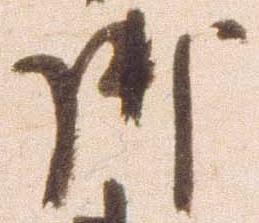
御